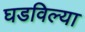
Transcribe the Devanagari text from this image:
घडविल्या